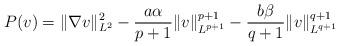
LaTeX: \begin{align*}P(v)=\|\nabla v\|_{L^2}^2-\frac{a\alpha}{p+1}\|v\|_{L^{p+1}}^{p+1}-\frac{b\beta}{q+1}\|v\|_{L^{q+1}}^{q+1}\end{align*}